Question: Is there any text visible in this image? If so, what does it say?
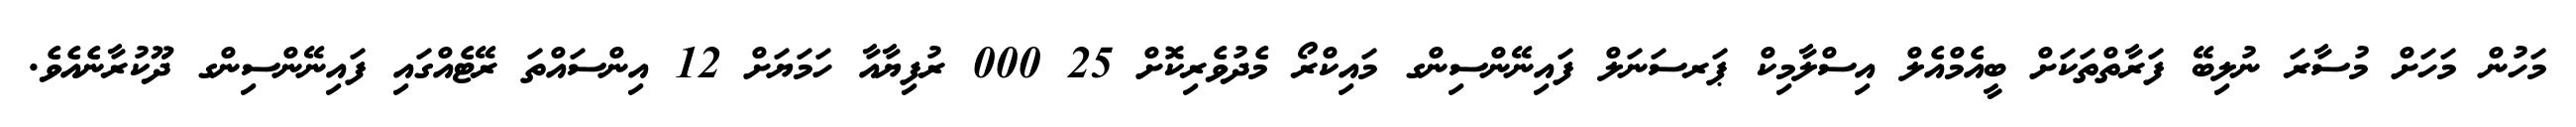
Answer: މަހުން މަހަށް މުސާރަ ނުލިބޭ ފަރާތްތަކަށް ބީއެމްއެލް އިސްލާމިކް ޕަރސަނަލް ފައިނޭންސިންގ މައިކްރޯ މެދުވެރިކޮށް 25 000 ރުފިޔާއާ ހަމަޔަށް 12 އިންސައްތަ ރޭޓެއްގައި ފައިނޭންސިންގ ދޫކުރާނެއެވެ.